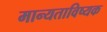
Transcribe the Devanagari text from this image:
मान्यताविष्यक